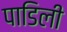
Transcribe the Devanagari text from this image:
पाडिली